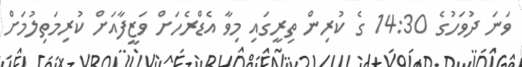
ވަނަ ދުވަހުގެ 14:30 ގެ ކުރިން ތިރީގައި މިވާ އެޑްރެހަށް ވަޒީފާއަށް ކުރިމަތިލުމަށް